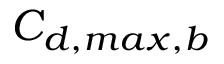
C _ { d , m a x , b }